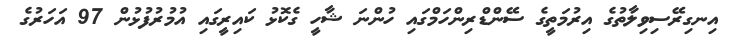
އިނގިރޭސިވިލާތުގެ އިރުމަތީގެ ސޭންޑްރިންހަމްގައި ހުންނަ ޝާހީ ގެކޮޅު ކައިރީގައި އުމުރުފުޅުން 97 އަހަރުގެ